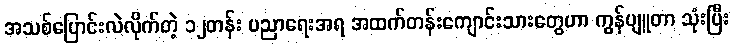
အသစ်ပြောင်းလဲလိုက်တဲ့ ၁၂တန်း ပညာရေးအရ အထက်တန်းကျောင်းသားတွေဟာ ကွန်ပျူတာ သုံးပြီး